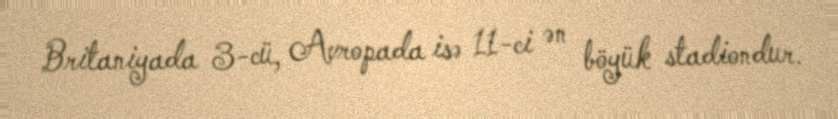
Britaniyada 3-cü, Avropada isə 11-ci ən böyük stadiondur.